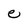
Character: e